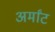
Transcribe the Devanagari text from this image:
अर्मांट